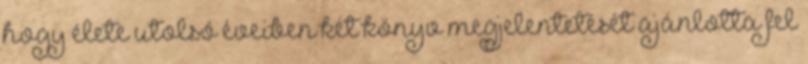
hogy élete utolsó éveiben két könyv megjelentetését ajánlotta fel